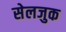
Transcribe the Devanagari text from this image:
सेलजुक